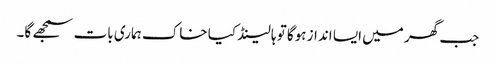
جب گھر میں ایسا انداز ہوگا تو ہالینڈ کیا خاک ہماری بات سمجھے گا۔